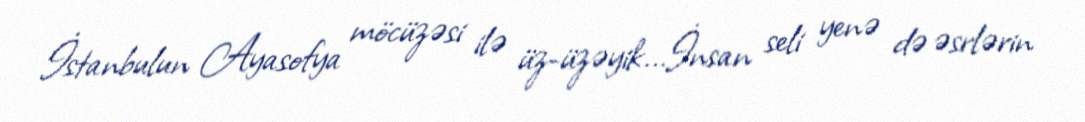
İstanbulun Ayasofya möcüzəsi ilə üz-üzəyik...İnsan seli yenə də əsrlərin